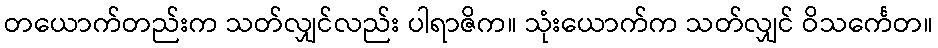
တယောက်တည်းက သတ်လျှင်လည်း ပါရာဇိက။ သုံးယောက်က သတ်လျှင် ဝိသင်္ကေတ။